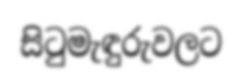
සිටුමැඳුරුවලට